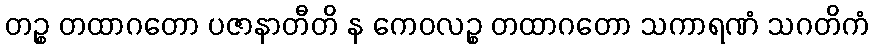
တဉ္စ တထာဂတော ပဇာနာတီတိ န ကေဝလဉ္စ တထာဂတော သကာရဏံ သဂတိကံ